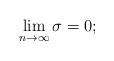
LaTeX: \begin{align*}\lim_{n \rightarrow \infty} \sigma = 0;\end{align*}